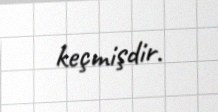
keçmişdir.